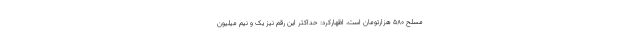
مسلح ۵۸۰ هزارتومان است، اظهارکرد: حداکثر این رقم نیز یک و نیم میلیون